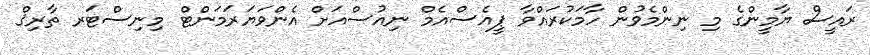
ރައީސް ޔާމީންގެ މި ނިންމެވުން ހާމަކުރައްވާ ޕީއެސްއެމް ނިއުސްއަށް އެންވަޔަރަމަންޓް މިނިސްޓަރ ތާރިޤް